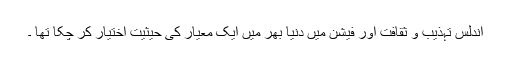
اندلس تہذیب و ثقافت اور فیشن میں دُنیا بھر میں ایک معیار کی حیثیت اِختیار کر چکا تھا ۔